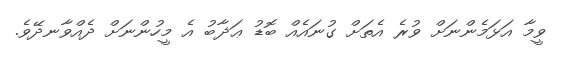
ވީމާ އަޅަމެންނަށް ވުރެ އެތަށް ގުނައެއް ބޮޑު ޢަޛާބު އެ މީހުންނަށް ދެއްވާނދޭވެ.